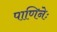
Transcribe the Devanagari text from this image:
पाणिनेः